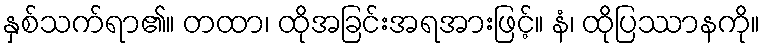
နှစ်သက်ရာ၏။ တထာ၊ ထိုအခြင်းအရအားဖြင့်။ နံ၊ ထိုပြဿာနကို။